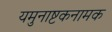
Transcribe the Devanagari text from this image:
यमुनाष्टकनामक